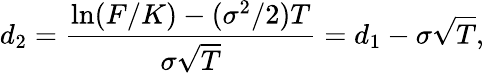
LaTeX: d_{2}={\frac{\ln(F/K)-(\sigma^{2}/2)T}{\sigma{\sqrt{T}}}}=d_{1}-\sigma{\sqrt{T}},